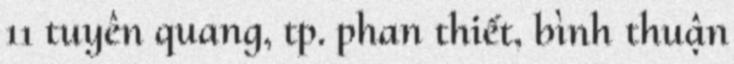
11 tuyên quang, tp. phan thiết, bình thuận